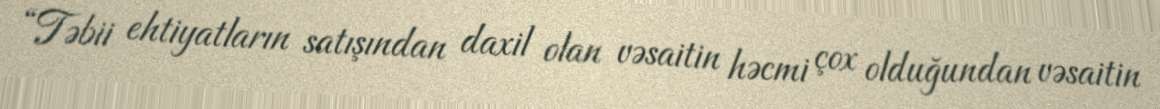
“Təbii ehtiyatların satışından daxil olan vəsaitin həcmi çox olduğundan vəsaitin